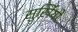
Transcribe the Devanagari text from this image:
सुर्ख़ियो